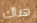
هناك